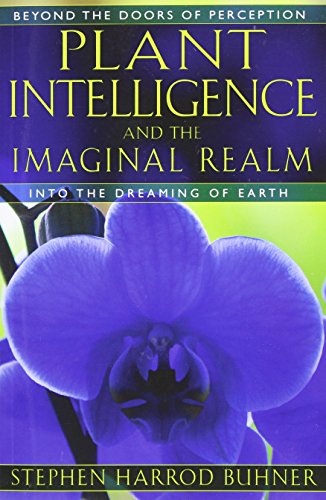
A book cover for Plant Intelligence and the Imaginal Realm: Beyond the Doors of Perception into the Dreaming of Earth; Stephen Harrod Buhner; Self-Help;